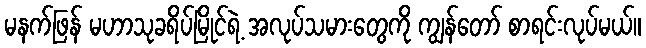
မနက်ဖြန် မဟာသုခရိပ်မြိုင်ရဲ့ အလုပ်သမားတွေကို ကျွန်တော် စာရင်းလုပ်မယ်။